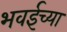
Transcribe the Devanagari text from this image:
भवईच्या